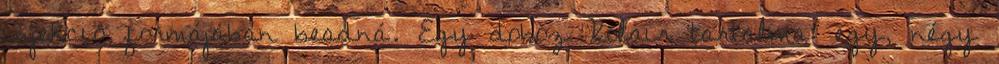
injekció formájában beadná. Egy doboz Xolair tartalma: egy, négy